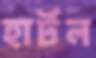
হার্টল